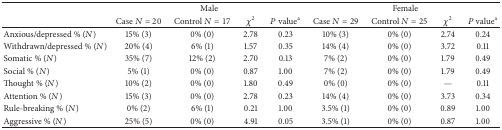
<table><thead><tr><td><b> </b></td><td colspan="4"><b>Male</b></td><td colspan="4"><b>Female</b></td></tr><tr><td><b> </b></td><td><b>Case <i>N</i> = 20</b></td><td><b>Control <i>N</i> = 17</b></td><td><b><i>χ</i><sup>2</sup></b></td><td><b><i>P</i> value<sup>a</sup></b></td><td><b>Case <i>N</i> = 29</b></td><td><b>Control <i>N</i> = 25</b></td><td><b><i>χ</i><sup>2</sup></b></td><td><b><i>P</i> value<sup>a</sup></b></td></tr></thead><tbody><tr><td>Anxious/depressed % (<i>N</i>)</td><td>15% (3)</td><td>0% (0)</td><td>2.78</td><td>0.23</td><td>10% (3)</td><td>0% (0)</td><td>2.74</td><td>0.24</td></tr><tr><td>Withdrawn/depressed % (<i>N</i>)</td><td>20% (4)</td><td>6% (1)</td><td>1.57</td><td>0.35</td><td>14% (4)</td><td>0% (0)</td><td>3.72</td><td>0.11</td></tr><tr><td>Somatic % (<i>N</i>)</td><td>35% (7)</td><td>12% (2)</td><td>2.70</td><td>0.13</td><td>7% (2)</td><td>0% (0)</td><td>1.79</td><td>0.49</td></tr><tr><td>Social % (<i>N</i>)</td><td>5% (1)</td><td>0% (0)</td><td>0.87</td><td>1.00</td><td>7% (2)</td><td>0% (0)</td><td>1.79</td><td>0.49</td></tr><tr><td>Thought % (<i>N</i>)</td><td>10% (2)</td><td>0% (0)</td><td>1.80</td><td>0.49</td><td>0% (0)</td><td>0% (0)</td><td>—</td><td>0.11</td></tr><tr><td>Attention % (<i>N</i>)</td><td>15% (3)</td><td>0% (0)</td><td>2.78</td><td>0.23</td><td>14% (4)</td><td>0% (0)</td><td>3.73</td><td>0.34</td></tr><tr><td>Rule-breaking % (<i>N</i>)</td><td>0% (2)</td><td>6% (1)</td><td>0.21</td><td>1.00</td><td>3.5% (1)</td><td>0% (0)</td><td>0.89</td><td>1.00</td></tr><tr><td>Aggressive % (<i>N</i>)</td><td>25% (5)</td><td>0% (0)</td><td>4.91</td><td>0.05</td><td>3.5% (1)</td><td>0% (0)</td><td>0.87</td><td>1.00</td></tr></tbody></table>